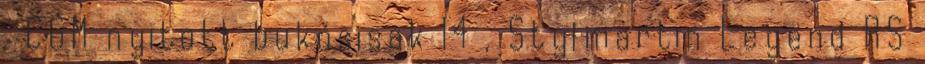
, CGM nyitott bukósisak 14 , Stylmartin Legend RS